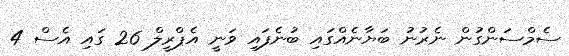
ސެމްސަންގުން ނެރުނު ބަޔާނެއްގައި ބުނެފައި ވަނީ އެޕްރީލް 26 ގައި އެސް 4